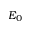
E _ { 0 }